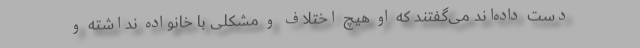
دست داده‌اند می‌گفتند که او هیچ اختلاف و مشکلی با خانواده نداشته و